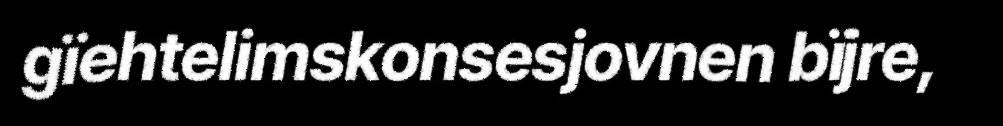
gïehtelimskonsesjovnen bïjre,